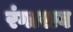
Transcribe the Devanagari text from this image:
रंगाराव